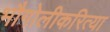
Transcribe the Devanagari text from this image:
भौगोलीकरित्या